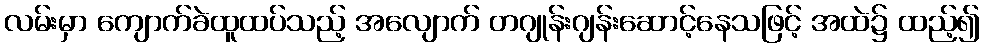
လမ်းမှာ ကျောက်ခဲထူထပ်သည့် အလျောက် တဂျုန်းဂျန်းဆောင့်နေသဖြင့် အထဲ၌ ထည့်၍